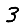
Digit: 3